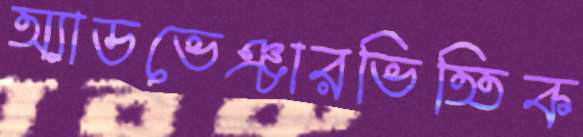
অ্যাডভেঞ্চারভিত্তিক